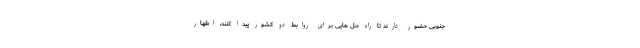
جنوبی حضور دارند تا راه حل هایی برای روابط دو کشور پیدا کنند، اظهار